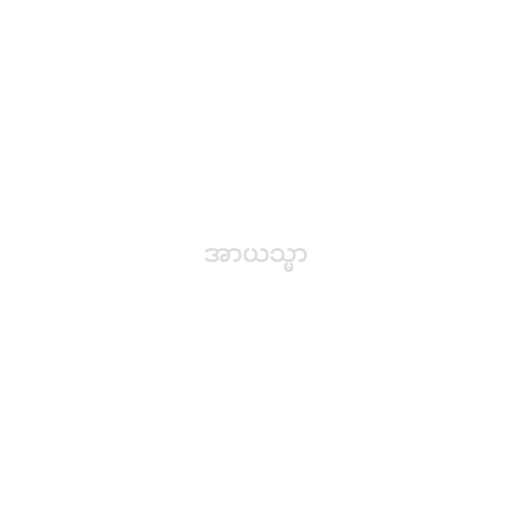
အာယသ္မာ